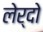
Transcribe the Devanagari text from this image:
लेर्दो